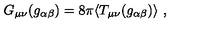
G _ { \mu \nu } ( g _ { \alpha \beta } ) = 8 \pi \langle T _ { \mu \nu } ( g _ { \alpha \beta } ) \rangle \ ,